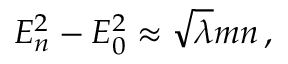
E _ { n } ^ { 2 } - E _ { 0 } ^ { 2 } \approx \sqrt { \lambda } m n \, ,